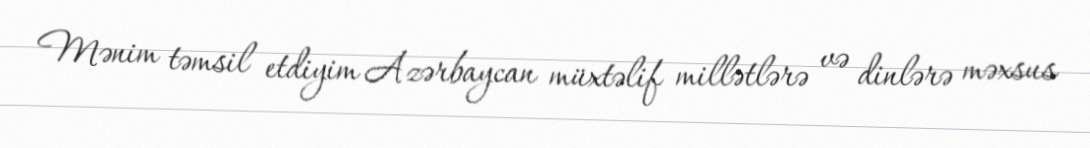
Mənim təmsil etdiyim Azərbaycan müxtəlif millətlərə və dinlərə məxsus